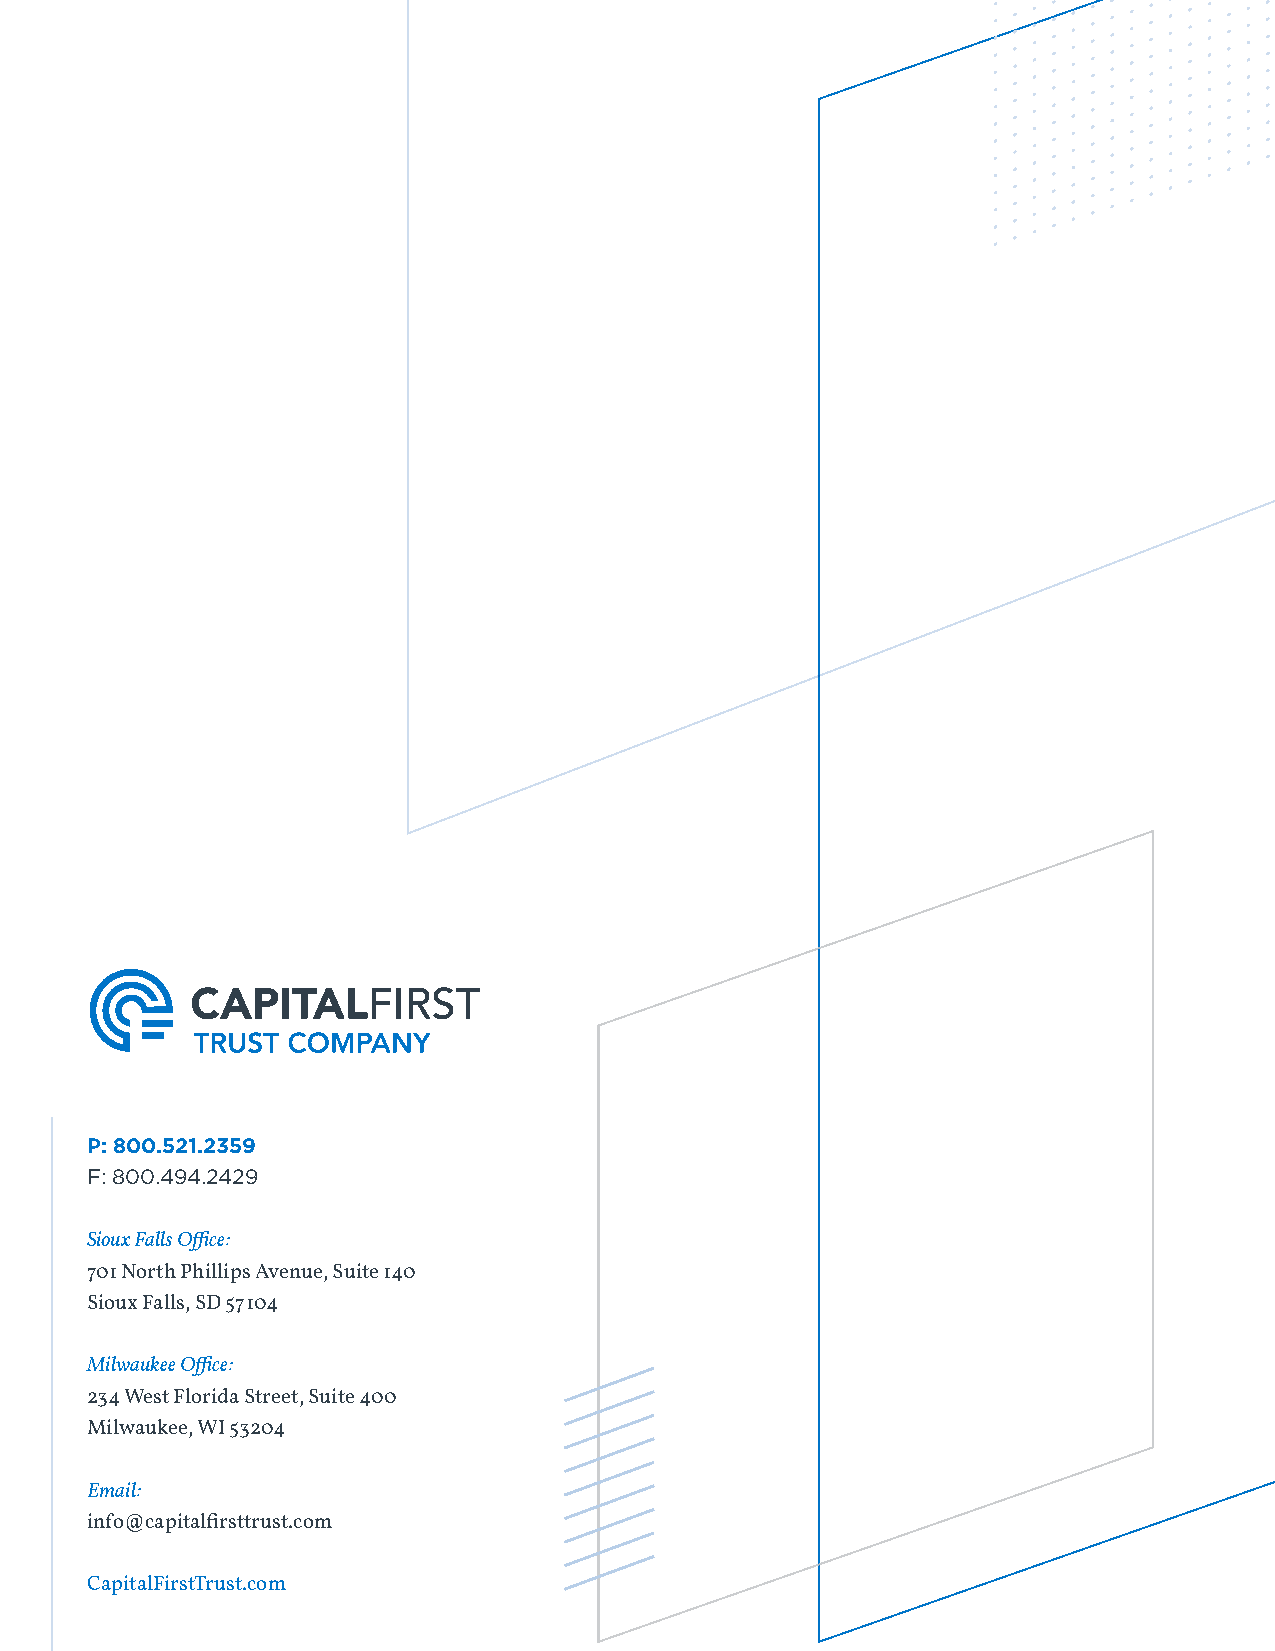
P: 800.521.2359
 F: 800.494.2429
 Sioux Falls Office:
 701 North Phillips Avenue, Suite 140
 Sioux Falls, SD 57104
 Milwaukee Office:
 234 West Florida Street, Suite 400
 Milwaukee, WI 53204
 Email:
 info@capitalfirsttrust.com
 CapitalFirstTrust.com